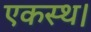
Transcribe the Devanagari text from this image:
एकस्थ।